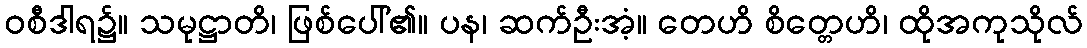
ဝစီဒါရ၌။ သမုဋ္ဌာတိ၊ ဖြစ်ပေါ်၏။ ပန၊ ဆက်ဦးအံ့။ တေဟိ စိတ္တေဟိ၊ ထိုအကုသိုလ်